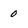
Character: 0